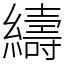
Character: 䌧